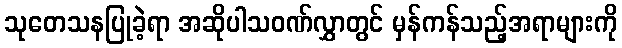
သုတေသနပြုခဲ့ရာ အဆိုပါသဝဏ်လွှာတွင် မှန်ကန်သည့်အရာများကို